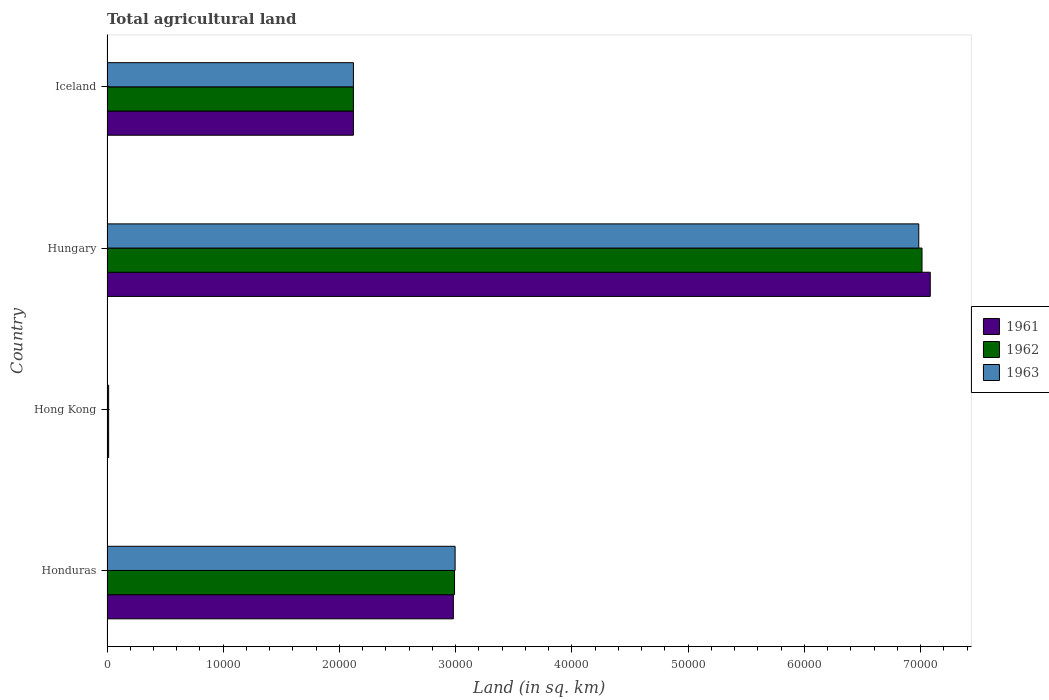
| Country | 1961 | 1962 | 1963 |
 | --- | --- | --- | --- |
 | Honduras | 2.98e+04 | 2.99e+04 | 3e+04 |
 | Hong Kong | 140 | 140 | 140 |
 | Hungary | 7.08e+04 | 7.01e+04 | 6.98e+04 |
 | Iceland | 2.12e+04 | 2.12e+04 | 2.12e+04 |